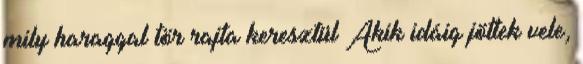
mily haraggal tör rajta keresztül Akik idáig jöttek vele,